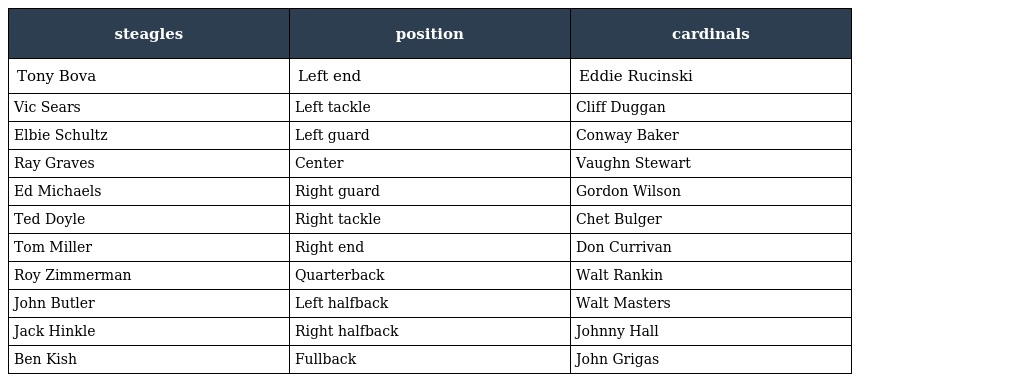
| steagles | position | cardinals |
 | --- | --- | --- |
 | Tony Bova | Left end | Eddie Rucinski |
 | Vic Sears | Left tackle | Cliff Duggan |
 | Elbie Schultz | Left guard | Conway Baker |
 | Ray Graves | Center | Vaughn Stewart |
 | Ed Michaels | Right guard | Gordon Wilson |
 | Ted Doyle | Right tackle | Chet Bulger |
 | Tom Miller | Right end | Don Currivan |
 | Roy Zimmerman | Quarterback | Walt Rankin |
 | John Butler | Left halfback | Walt Masters |
 | Jack Hinkle | Right halfback | Johnny Hall |
 | Ben Kish | Fullback | John Grigas |